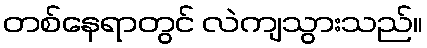
တစ်နေရာတွင် လဲကျသွားသည်။